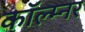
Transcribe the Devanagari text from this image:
कॉल्म्नर